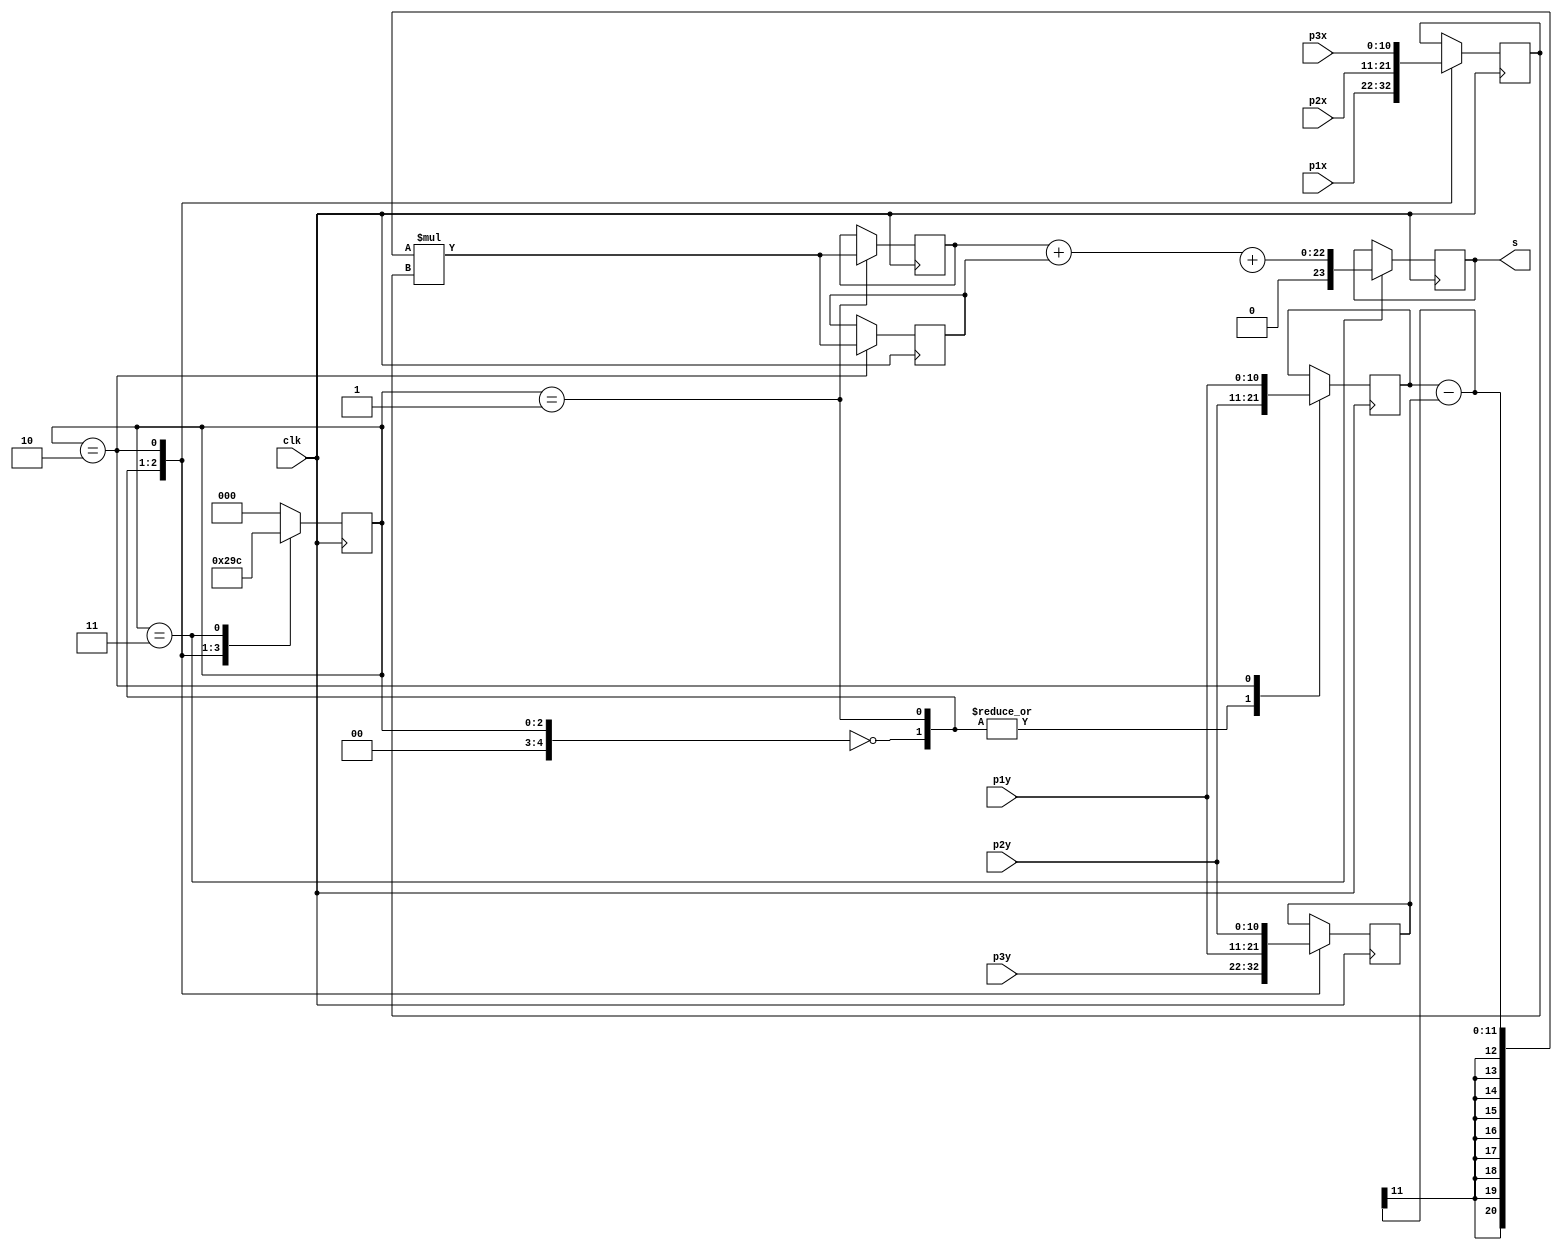
module test_ponto(
	input clk,
	input [10:0] p1x,
	input [10:0] p1y,
	input [10:0] p2x,
	input [10:0] p2y,
	input [10:0] p3x,
	input [10:0] p3y,
	output reg [23:0] s
	);

	reg [4:0] state = 0;
	reg [10:0] a, b, c;
	reg [20:0] t1, t2, t3;
	wire signed [20:0] ts;
	wire signed [21:0] t4;

	assign ts = (a - b) * c;
	assign t4 = t1 + t2;

	always @(posedge clk) begin
		case (state)
			0: 	begin
					state <= 1;
					a <= p2y;
					b <= p3y;
					c <= p1x;
				end
			1: 	begin
					state <= 2;
					t1 <= ts;
					a <= p2y;
					b <= p1y;
					c <= p2x;
				end
			2:	begin
					state <= 3;
					t2 <= ts;
					a <= p1y;
					b <= p2y;
					c <= p3x;
				end
			3:	begin
					state <= 4;
					s <= t4 + t3;
				end
			default: state <= 0;
		endcase
	end
endmodule